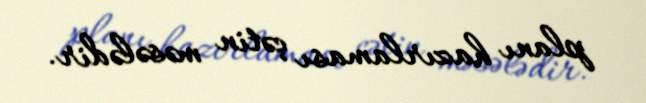
planı hazırlaması çətin məsələdir.